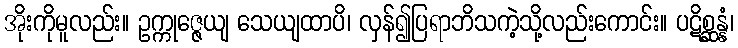
အိုးကိုမူလည်း။ ဥက္ကုဇ္ဇေယျ သေယျထာပိ၊ လှန်၍ပြရာဘိသကဲ့သို့လည်းကောင်း။ ပဋိစ္ဆန္နံ၊